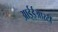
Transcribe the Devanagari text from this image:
आईईआरटी